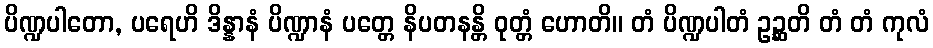
ပိဏ္ဍပါတော, ပရေဟိ ဒိန္နာနံ ပိဏ္ဍာနံ ပတ္တေ နိပတနန္တိ ဝုတ္တံ ဟောတိ။ တံ ပိဏ္ဍပါတံ ဥဉ္ဆတိ တံ တံ ကုလံ